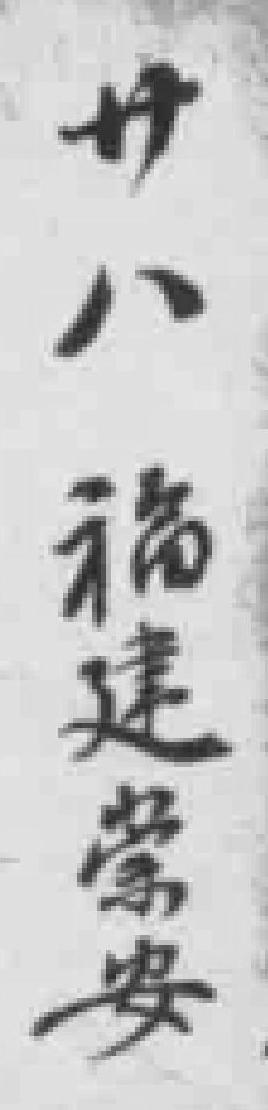
廿八福建崇安